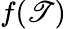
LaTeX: f(\mathscr{T})